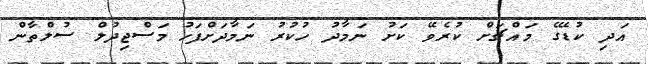
އަދި ކުޑޭގެ މައްޗަށް ކުރެވޭ ކަށު ނަމާދު ހުކުރު ނަމާދަށްފަހު މަސްޖިދުލް ސުލްތާން